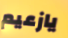
يازعيم